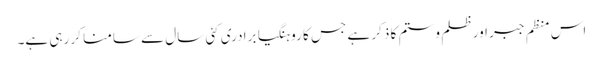
اس منظم جبر اور ظلم و ستم کا ذکر ہے جس کا روہنگیا برادری کئی سال سے سامنا کر رہی ہے۔